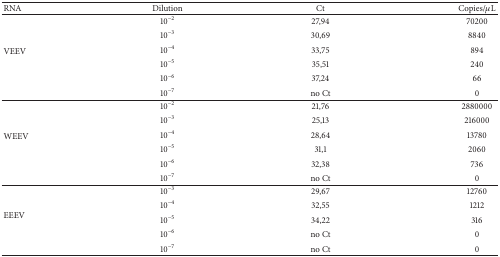
<table><thead><tr><td><b>RNA</b></td><td><b>Dilution</b></td><td><b>Ct</b></td><td><b>Copies/<i>μ</i>L</b></td></tr></thead><tbody><tr><td rowspan="6">VEEV</td><td>10<sup>−2</sup></td><td>27,94</td><td>70200</td></tr><tr><td>10<sup>−3</sup></td><td>30,69</td><td>8840</td></tr><tr><td>10<sup>−4</sup></td><td>33,75</td><td>894</td></tr><tr><td>10<sup>−5</sup></td><td>35,51</td><td>240</td></tr><tr><td>10<sup>−6</sup></td><td>37,24</td><td>66</td></tr><tr><td>10<sup>−7</sup></td><td>no Ct</td><td>0</td></tr><tr><td rowspan="6">WEEV</td><td>10<sup>−2</sup></td><td>21,76</td><td>2880000</td></tr><tr><td>10<sup>−3</sup></td><td>25,13</td><td>216000</td></tr><tr><td>10<sup>−4</sup></td><td>28,64</td><td>13780</td></tr><tr><td>10<sup>−5</sup></td><td>31,1</td><td>2060</td></tr><tr><td>10<sup>−6</sup></td><td>32,38</td><td>736</td></tr><tr><td>10<sup>−7</sup></td><td>no Ct</td><td>0</td></tr><tr><td rowspan="5">EEEV</td><td>10<sup>−3</sup></td><td>29,67</td><td>12760</td></tr><tr><td>10<sup>−4</sup></td><td>32,55</td><td>1212</td></tr><tr><td>10<sup>−5</sup></td><td>34,22</td><td>316</td></tr><tr><td>10<sup>−6</sup></td><td>no Ct</td><td>0</td></tr><tr><td>10<sup>−7</sup></td><td>no Ct</td><td>0</td></tr></tbody></table>